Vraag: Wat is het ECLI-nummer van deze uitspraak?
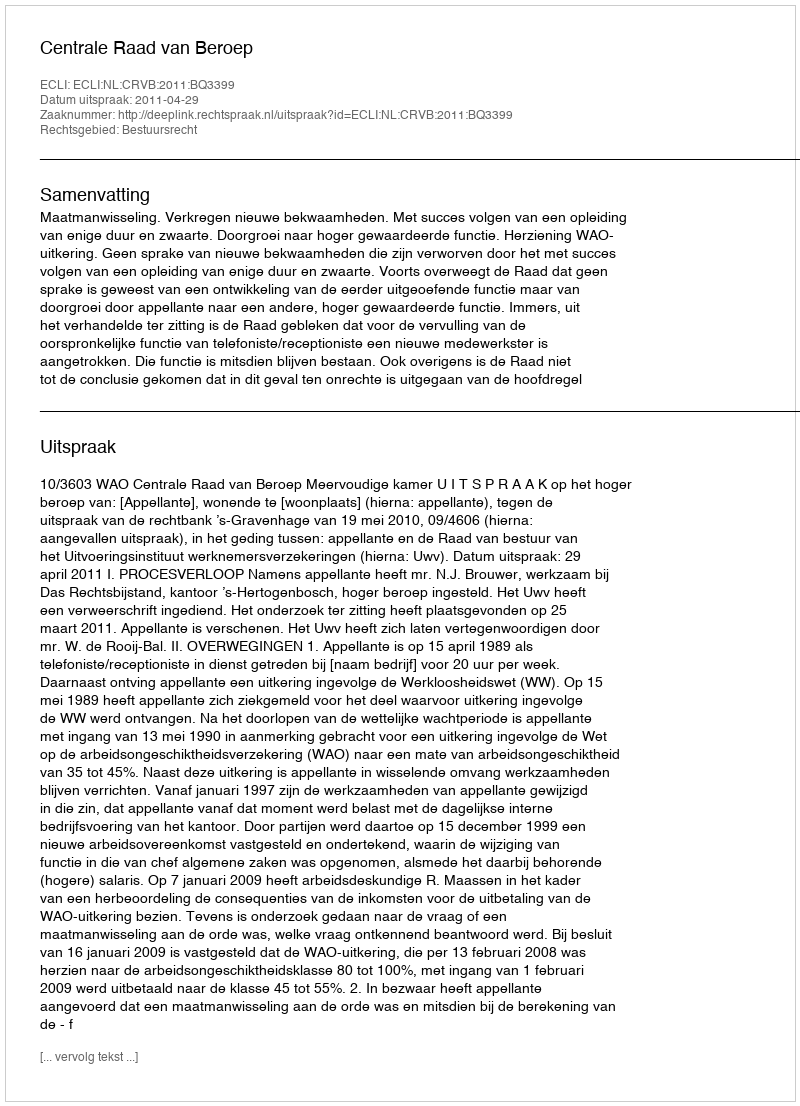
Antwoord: ECLI:NL:CRVB:2011:BQ3399